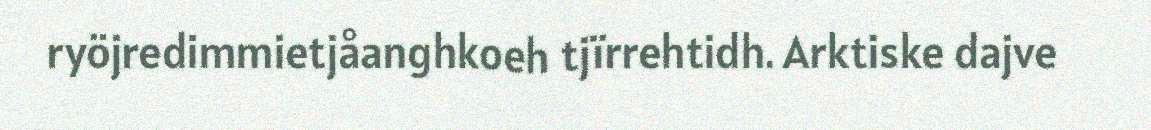
ryöjredimmietjåanghkoeh tjïrrehtidh. Arktiske dajve